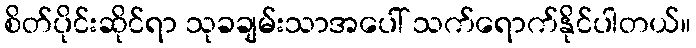
စိတ်ပိုင်းဆိုင်ရာ သုခချမ်းသာအပေါ် သက်ရောက်နိုင်ပါတယ်။